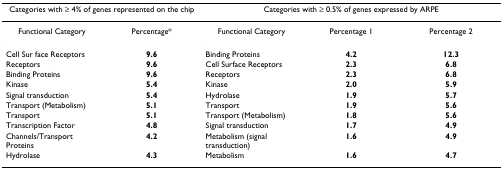
<table><thead><tr><td colspan="2"><b>Categories with ≥ 4% of genes represented on the chip</b></td><td colspan="3"><b>Categories with ≥ 0.5% of genes expressed by ARPE</b></td></tr></thead><tbody><tr><td>Functional Category</td><td>Percentage*</td><td>Functional Category</td><td>Percentage 1</td><td>Percentage 2</td></tr><tr><td>Cell Sur face Receptors</td><td><b>9.6</b></td><td>Binding Proteins</td><td><b>4.2</b></td><td><b>12.3</b></td></tr><tr><td>Receptors</td><td><b>9.6</b></td><td>Cell Surface Receptors</td><td><b>2.3</b></td><td><b>6.8</b></td></tr><tr><td>Binding Proteins</td><td><b>9.6</b></td><td>Receptors</td><td><b>2.3</b></td><td><b>6.8</b></td></tr><tr><td>Kinase</td><td><b>5.4</b></td><td>Kinase</td><td><b>2.0</b></td><td><b>5.9</b></td></tr><tr><td>Signal transduction</td><td><b>5.4</b></td><td>Hydrolase</td><td><b>1.9</b></td><td><b>5.7</b></td></tr><tr><td>Transport (Metabolism)</td><td><b>5.1</b></td><td>Transport</td><td><b>1.9</b></td><td><b>5.6</b></td></tr><tr><td>Transport</td><td><b>5.1</b></td><td>Transport (Metabolism)</td><td><b>1.8</b></td><td><b>5.6</b></td></tr><tr><td>Transcription Factor</td><td><b>4.8</b></td><td>Signal transduction</td><td><b>1.7</b></td><td><b>4.9</b></td></tr><tr><td>Channels/Transport Proteins</td><td><b>4.2</b></td><td>Metabolism (signal transduction)</td><td><b>1.6</b></td><td><b>4.9</b></td></tr><tr><td>Hydrolase</td><td><b>4.3</b></td><td>Metabolism</td><td><b>1.6</b></td><td><b>4.7</b></td></tr></tbody></table>